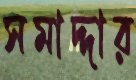
সমাদ্দার